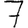
Digit: 7